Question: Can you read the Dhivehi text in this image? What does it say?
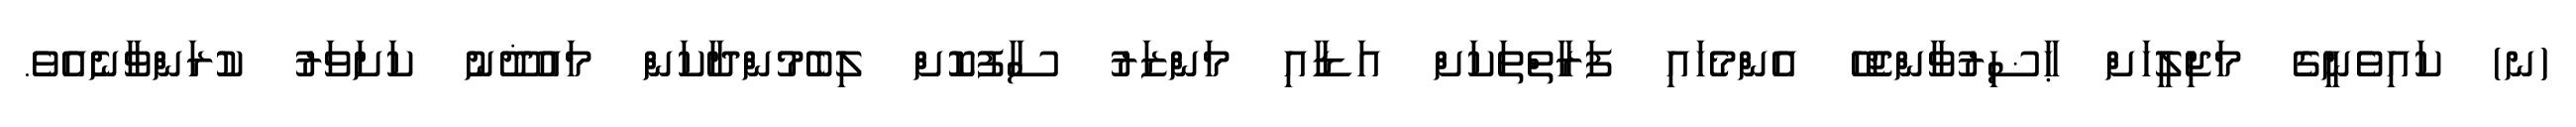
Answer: (ނ) ކައިވެނީގެ މަޖިލީހަށް ޙާޟިރުވާންޖެހޭ އެންމެހައި ފަރާތްތަކަށް އަޑާއި މަންޒަރު ސާފުކޮށް ލިބެމުންދާކަން މައުޛޫނު ކަށަވަރު ކުރަންވާނެއެވެ.